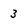
Character: 3